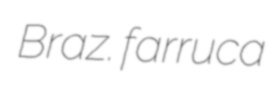
Braz. farruca